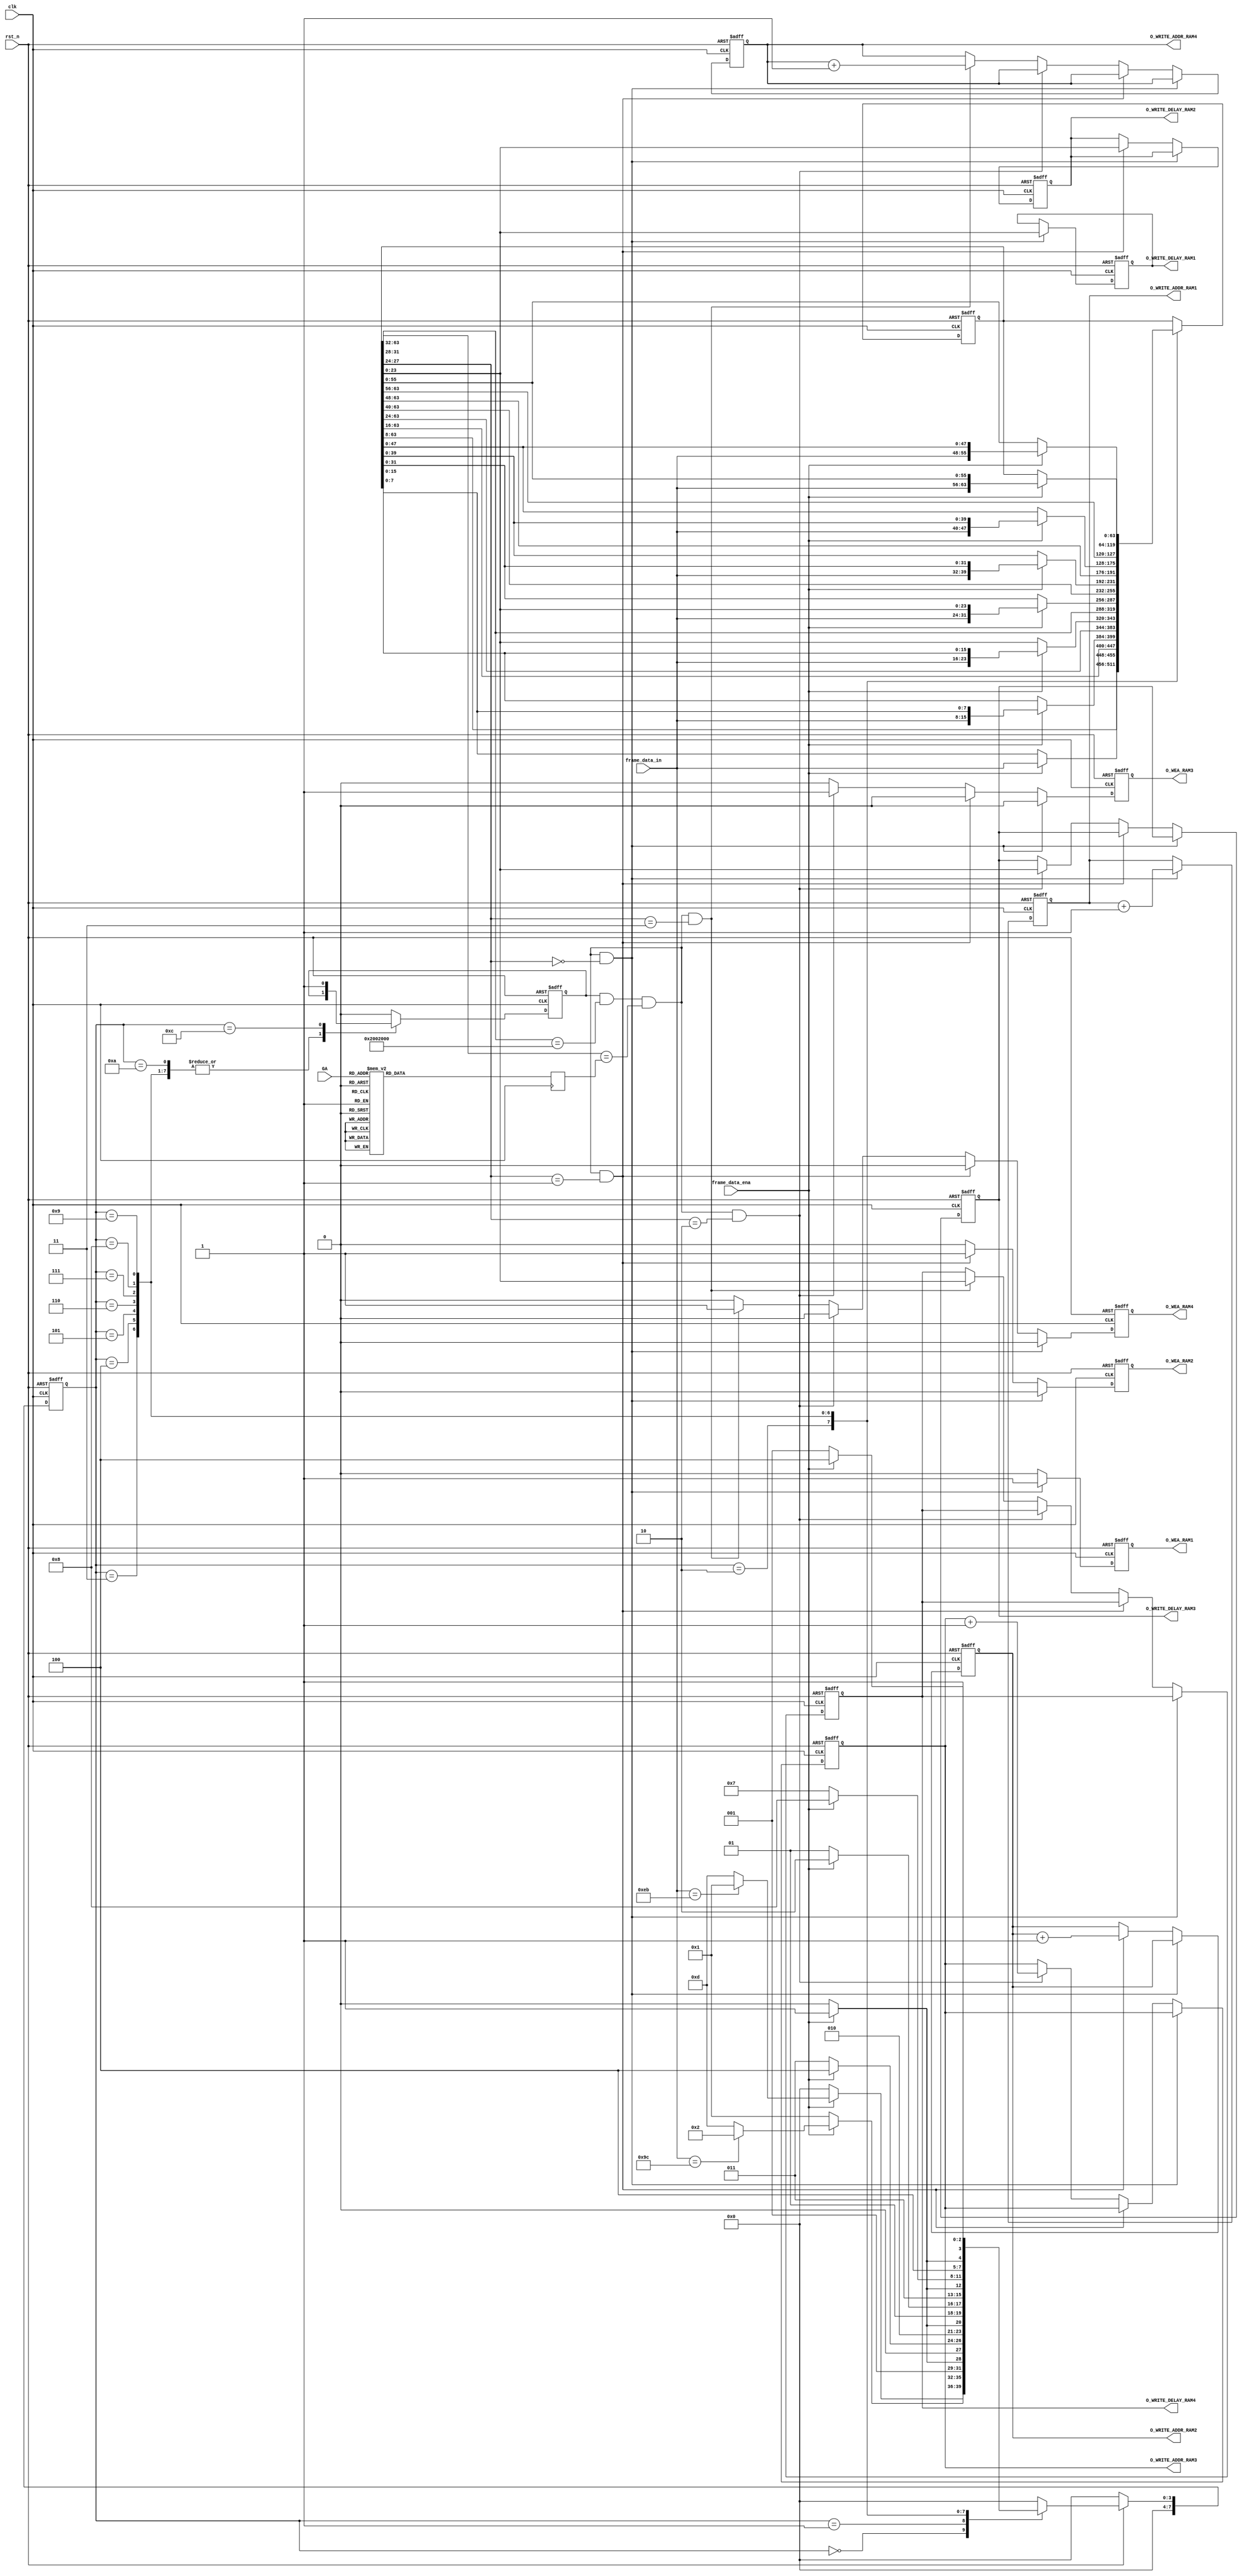
`timescale 1ns/1ns

module UART_Rx(
	input clk,
	input rst_n,
	input [7:0] frame_data_in,
	input frame_data_ena,
	input[4:0] GA,

	// Write Enable port 1-4
    output           reg O_WEA_RAM1  ,
    output           reg O_WEA_RAM2  ,
    output           reg O_WEA_RAM3  ,
    output           reg O_WEA_RAM4  ,

    // Write Wave ID port 1-4
    output    reg [10:0] O_WRITE_ADDR_RAM1 ,
    output    reg [10:0] O_WRITE_ADDR_RAM2 ,
    output    reg [10:0] O_WRITE_ADDR_RAM3 ,
    output    reg [10:0] O_WRITE_ADDR_RAM4 ,

    // Write Data:Delay
    output    reg [23:0] O_WRITE_DELAY_RAM1,
    output    reg [23:0] O_WRITE_DELAY_RAM2,
    output    reg [23:0] O_WRITE_DELAY_RAM3,
    output    reg [23:0] O_WRITE_DELAY_RAM4
);


//**********************Variable Definition begin**********************//


//**********************Variable Definition end**********************//



//************************************************************************//
//************************Programmer start here***************************//
//************************************************************************//
localparam  [7:0] FRH_DET_FB 		      = 8'd0; //Frame_Head_Detection_First_Byte
localparam  [7:0] FRH_DET_SB              = 8'd1; //Frame_Head_Detection_Second_Byte


localparam  [7:0] FRC01_DET            = 8'd2; //Frame Content Store
localparam  [7:0] FRC02_DET            = 8'd3; //Frame Content Store
localparam  [7:0] FRC03_DET            = 8'd4; //Frame Content Store
localparam  [7:0] FRC04_DET            = 8'd5; //Frame Content Store
localparam  [7:0] FRC05_DET            = 8'd6; //Frame Content Store
localparam  [7:0] FRC06_DET            = 8'd7; //Frame Content Store
localparam  [7:0] FRC07_DET            = 8'd8; //Frame Content Store
localparam  [7:0] FRC08_DET            = 8'd9; //Frame Content Store


localparam  [7:0] CRC_DET                 = 8'd10; //CRC Store
localparam  [7:0] CRC_CHK                 = 8'd11; //CRC_Check
localparam  [7:0] FR_END                  = 8'd12; //Frame Detection Successful
localparam  [7:0] FR_ERR                  = 8'd13; //Error Occu


reg [7:0] fd_st_cuur;					//FSM:pointer
reg [7:0] fd_st_next;					//FSM:pointer

reg[63:0] R_UART_DATA;
reg  data_updata;
reg[7:0] CRC_Value;

reg[3:0] MYSLOT ;

//////////////////////////////////////////////////////////////////////////
////////////////////////// FSM(Three Parts) //////////////////////////////
//////////////////////////////////////////////////////////////////////////

//reg [7:0] CRC_Value;         //CRC check from "FRL_DET",add all data equal tp 8'h00 is right
//***************************FSM Part1 begin****************************//
always @(posedge clk, negedge rst_n)
	begin
		if(~rst_n) fd_st_cuur <= FRH_DET_FB; //initialization
		else fd_st_cuur <= fd_st_next;
	end
//*************************FSM Part1 end****************************//

//*************************FSM Part2 begin****************************//
always @(*) //next state generation
begin
	if(~rst_n) fd_st_next = FRH_DET_FB;
	else
	begin
		case(fd_st_cuur)
		FRH_DET_FB: begin
			if(frame_data_ena) begin
				if(frame_data_in == 8'heb) fd_st_next = FRH_DET_SB; //to next state
				else fd_st_next = FR_ERR;     //to error report,for fifo clear
			end
			else fd_st_next = FRH_DET_FB;     //hold
		end
		FRH_DET_SB: begin
			if(frame_data_ena) begin
				if(frame_data_in ==8'h9c) fd_st_next = FRC01_DET; //to next state
				else fd_st_next = FR_ERR; //to error report,for fifo clear
			end
			else fd_st_next = FRH_DET_SB; //hold
		end
		FRC01_DET: begin
			if(frame_data_ena) fd_st_next = FRC02_DET;
			else fd_st_next = FRC01_DET;
		end
		FRC02_DET: begin
			if(frame_data_ena) fd_st_next = FRC03_DET;
			else fd_st_next = FRC02_DET;
		end
		FRC03_DET: begin
			if(frame_data_ena) fd_st_next = FRC04_DET;
			else fd_st_next = FRC03_DET;
		end
		FRC04_DET: begin
			if(frame_data_ena) fd_st_next = FRC05_DET;
			else fd_st_next = FRC04_DET;
		end
		FRC05_DET: begin
			if(frame_data_ena) fd_st_next = FRC06_DET;
			else fd_st_next = FRC05_DET;
		end
		FRC06_DET: begin
			if(frame_data_ena) fd_st_next = FRC07_DET;
			else fd_st_next = FRC06_DET;
		end
		FRC07_DET: begin
			if(frame_data_ena) fd_st_next = FRC08_DET;
			else fd_st_next = FRC07_DET;
		end
		FRC08_DET: begin
			if(frame_data_ena) fd_st_next = FR_END;
			else fd_st_next = FRC08_DET;
		end

		FR_END: fd_st_next = FRH_DET_FB; //round to init
		FR_ERR: fd_st_next = FRH_DET_FB; //round to init
		default: fd_st_next = FRH_DET_FB;
		endcase
	end
end

always @ (posedge clk)
begin
	case(GA)
	5'd0: MYSLOT <= 4'd0 ;
	5'd1: MYSLOT <= 4'd0 ;
	5'd2: MYSLOT <= 4'd1 ;
	5'd3: MYSLOT <= 4'd2 ;
	5'd4: MYSLOT <= 4'd3 ;
	5'd5: MYSLOT <= 4'd4 ;
	5'd6: MYSLOT <= 4'd5 ;
	5'd7: MYSLOT <= 4'd6 ;
	5'd8: MYSLOT <= 4'd7 ;
	5'd9: MYSLOT <= 4'd0 ;
	5'd10: MYSLOT <= 4'd8 ;
	5'd11: MYSLOT <= 4'd9 ;
	5'd12: MYSLOT <= 4'd10 ;
	5'd13: MYSLOT <= 4'd11 ;
	5'd14: MYSLOT <= 4'd12 ;
	5'd15: MYSLOT <= 4'd13 ;
	5'd16: MYSLOT <= 4'd14 ;
	5'd17: MYSLOT <= 4'd15 ;

	default :MYSLOT <= 4'd0 ;
	endcase

end

//*************************FSM Part2 end****************************//

//*************************FSM Part3 begin****************************//
always @(posedge clk, negedge rst_n)
begin
	if(~rst_n)
	begin
		CRC_Value <= 8'd0;
		R_UART_DATA	<=	64'd0	;
		data_updata <= 1'B0 ;

	end
	else
	begin
		case(fd_st_cuur)
		FRH_DET_FB: begin
			if(frame_data_ena) CRC_Value <= frame_data_in;
			else CRC_Value <= CRC_Value;
			data_updata<= 1'b0;
		end
		FRH_DET_SB: begin
			if(frame_data_ena) CRC_Value <= CRC_Value + frame_data_in;
			else CRC_Value <= CRC_Value;
		end
		FRC01_DET: begin
			if(frame_data_ena) begin
				CRC_Value <= CRC_Value + frame_data_in;
				R_UART_DATA	  <= {R_UART_DATA[63:8],frame_data_in};
			end
			else begin
				CRC_Value <= CRC_Value;
				R_UART_DATA	  <= R_UART_DATA;
			end
			data_updata<= 1'b0;		//receive correct frame head
		end
		FRC02_DET: begin
			if(frame_data_ena) begin
				CRC_Value <= CRC_Value + frame_data_in;
				R_UART_DATA	  <= {R_UART_DATA[63:16],frame_data_in,R_UART_DATA[7:0]};
			end
			else begin
				CRC_Value <= CRC_Value;
				R_UART_DATA	  <= R_UART_DATA;
			end
		end
		FRC03_DET: begin
			if(frame_data_ena) begin
				CRC_Value <= CRC_Value + frame_data_in;
				R_UART_DATA	  <= {R_UART_DATA[63:24],frame_data_in,R_UART_DATA[15:0]};
			end
			else begin
				CRC_Value <= CRC_Value;
				R_UART_DATA	  <= R_UART_DATA;
			end
		end
		FRC04_DET: begin
			if(frame_data_ena) begin
				CRC_Value <= CRC_Value + frame_data_in;
				R_UART_DATA	  <= {R_UART_DATA[63:32],frame_data_in,R_UART_DATA[23:0]};
			end
			else begin
				CRC_Value <= CRC_Value;
				R_UART_DATA	  <= R_UART_DATA;
			end
		end
		FRC05_DET: begin
			if(frame_data_ena) begin
				CRC_Value <= CRC_Value + frame_data_in;
				R_UART_DATA	  <= {R_UART_DATA[63:40],frame_data_in,R_UART_DATA[31:0]};
			end
			else begin
				CRC_Value <= CRC_Value;
				R_UART_DATA	  <= R_UART_DATA;
			end
		end
		FRC06_DET: begin
			if(frame_data_ena) begin
				CRC_Value <= CRC_Value + frame_data_in;
				R_UART_DATA	  <= {R_UART_DATA[63:48],frame_data_in,R_UART_DATA[39:0]};
			end
			else begin
				CRC_Value <= CRC_Value;
				R_UART_DATA	  <= R_UART_DATA;
			end
		end
		FRC07_DET: begin
			if(frame_data_ena) begin
				CRC_Value <= CRC_Value + frame_data_in;
				R_UART_DATA	  <= {R_UART_DATA[63:56],frame_data_in,R_UART_DATA[47:0]};
			end
			else begin
				CRC_Value <= CRC_Value;
				R_UART_DATA	  <= R_UART_DATA;
			end
		end
		FRC08_DET: begin
			if(frame_data_ena) begin
				CRC_Value <= CRC_Value + frame_data_in;
				R_UART_DATA	  <= {frame_data_in,R_UART_DATA[55:0]};
			end
			else begin
				CRC_Value <= CRC_Value;
				R_UART_DATA	  <= R_UART_DATA;
			end
		end
		CRC_DET: begin
			if(frame_data_ena) CRC_Value <= CRC_Value + frame_data_in;
			else CRC_Value <= CRC_Value;
		end
		CRC_CHK: begin
			CRC_Value <= CRC_Value;
			data_updata<= 1'b0;
		end
		FR_END: begin
			CRC_Value <= FR_END;
			data_updata<= 1'b1;
		end
		FR_ERR: begin
			CRC_Value <= FR_ERR;
			data_updata<= 1'b0;
		end
	    default: begin
			CRC_Value <= 8'd0;
			data_updata<= 1'b0;
			R_UART_DATA	<=	R_UART_DATA	;

		end
		endcase
	end
end

always @(posedge clk, negedge rst_n)
begin
	if(~rst_n)
	begin
		O_WEA_RAM1			<= 1'b0;
		O_WEA_RAM2			<= 1'b0;
		O_WEA_RAM3			<= 1'b0;
		O_WEA_RAM4			<= 1'b0;

		O_WRITE_ADDR_RAM1	<= 11'b0;
		O_WRITE_ADDR_RAM2	<= 11'b0;
		O_WRITE_ADDR_RAM3	<= 11'b0;
		O_WRITE_ADDR_RAM4	<= 11'b0;

		O_WRITE_DELAY_RAM1	<= 24'b0;	
		O_WRITE_DELAY_RAM2	<= 24'b0;
		O_WRITE_DELAY_RAM3	<= 24'b0;
		O_WRITE_DELAY_RAM4	<= 24'b0;
	
	end
	else
	begin
		// R_UART_DATA[63:32] 32 bit ADDR
		// R_UART_DATA[31:28] 4 bit AWG_ID
		// R_UART_DATA[27:24] 4 bit Port_ID
		// R_UART_DATA[23:0] 24 bit delay data
		if(data_updata && (R_UART_DATA[63:32] == 32'h02002000) && (R_UART_DATA[31:28] == MYSLOT) && (R_UART_DATA[27:24] == 4'd0))
		begin
			O_WEA_RAM1			<= 1'b1;
			O_WEA_RAM2			<= 1'b0;	
			O_WEA_RAM3			<= 1'b0;
			O_WEA_RAM4			<= 1'b0;	
			O_WRITE_ADDR_RAM1	<= O_WRITE_ADDR_RAM1 + 1'b1;
			O_WRITE_DELAY_RAM1	<= R_UART_DATA[23:0] ;
		end
		else if	(data_updata && (R_UART_DATA[63:32] == 32'h02002000) && (R_UART_DATA[31:28] == MYSLOT) && (R_UART_DATA[27:24] == 4'd1))
		begin
			O_WEA_RAM1			<= 1'b0;
			O_WEA_RAM2			<= 1'b1;	
			O_WEA_RAM3			<= 1'b0;
			O_WEA_RAM4			<= 1'b0;
			O_WRITE_ADDR_RAM2	<= O_WRITE_ADDR_RAM2 + 1'b1;
			O_WRITE_DELAY_RAM2	<= R_UART_DATA[23:0] ;
		end
		else if	(data_updata && (R_UART_DATA[63:32] == 32'h02002000) && (R_UART_DATA[31:28] == MYSLOT) && (R_UART_DATA[27:24] == 4'd2))
		begin
			O_WEA_RAM1			<= 1'b0;
			O_WEA_RAM2			<= 1'b0;	
			O_WEA_RAM3			<= 1'b1;
			O_WEA_RAM4			<= 1'b0;
			O_WRITE_ADDR_RAM3	<= O_WRITE_ADDR_RAM3 + 1'b1;
			O_WRITE_DELAY_RAM3	<= R_UART_DATA[23:0] ;
		end
		else if	(data_updata && (R_UART_DATA[63:32] == 32'h02002000) && (R_UART_DATA[31:28] == MYSLOT) && (R_UART_DATA[27:24] == 4'd3))
		begin
			O_WEA_RAM1			<= 1'b0;
			O_WEA_RAM2			<= 1'b0;	
			O_WEA_RAM3			<= 1'b0;
			O_WEA_RAM4			<= 1'b1;
			O_WRITE_ADDR_RAM4	<= O_WRITE_ADDR_RAM4 + 1'b1;
			O_WRITE_DELAY_RAM4	<= R_UART_DATA[23:0] ;
		end
		else
		begin
			O_WEA_RAM1			<= 	1'b0;	
			O_WEA_RAM2			<= 	1'b0;	
			O_WEA_RAM3			<= 	1'b0;
			O_WEA_RAM4			<= 	1'b0;	
			O_WRITE_ADDR_RAM1	<= 	O_WRITE_ADDR_RAM1;
			O_WRITE_ADDR_RAM2	<= 	O_WRITE_ADDR_RAM2;
			O_WRITE_ADDR_RAM3	<= 	O_WRITE_ADDR_RAM3;
			O_WRITE_ADDR_RAM4	<= 	O_WRITE_ADDR_RAM4;
			O_WRITE_DELAY_RAM1	<= 	O_WRITE_DELAY_RAM1;	
			O_WRITE_DELAY_RAM2	<= 	O_WRITE_DELAY_RAM2;
			O_WRITE_DELAY_RAM3	<= 	O_WRITE_DELAY_RAM3;
			O_WRITE_DELAY_RAM4	<= 	O_WRITE_DELAY_RAM4;
		end
	end
end
	// ila_uart test_uart_1 (
	// .clk(clk), // input wire clk
	// .probe0(data_updata), // input wire [0:0]  probe0
	// .probe1(R_UART_DATA[63:32]), // input wire [31:0]  probe1
	// .probe2(GA), // input wire [4:0]  probe2
	// .probe3(R_UART_DATA[31:0]) // input wire [31:0]  probe3
	// );
//************************************************************************//
//************************Programmer end *********************************//
//************************************************************************//

endmodule